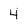
Character: 4